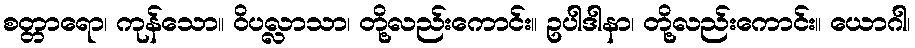
စတ္တာရော၊ ကုန်သော။ ဝိပလ္လာသာ၊ တို့လည်းကောင်း။ ဥပါဒါနာ၊ တို့လည်းကောင်း။ ယောဂါ၊